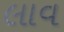
લાવ